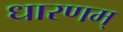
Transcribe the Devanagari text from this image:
धारणम्